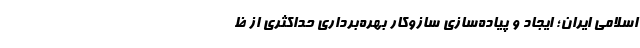
اسلامی ایران؛ ایجاد و پیاده­سازی سازوکار بهره­برداری حداکثری از ظ